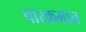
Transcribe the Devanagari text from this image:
चारकमान